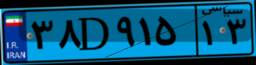
۳۸D۹۱۵۱۳